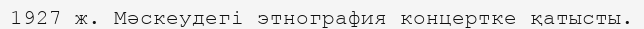
1927 ж. Мәскеудегі этнография концертке қатысты.